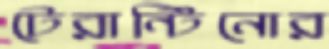
টেরান্টিনোর